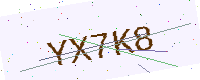
Text: YX7K8